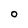
Character: 0